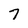
Character: 7